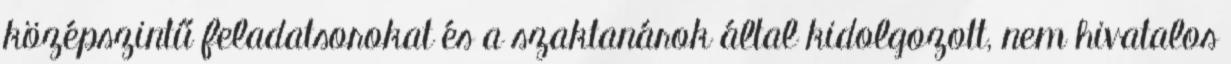
középszintű feladatsorokat és a szaktanárok által kidolgozott, nem hivatalos